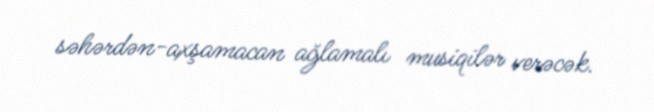
səhərdən-axşamacan ağlamalı musiqilər verəcək.